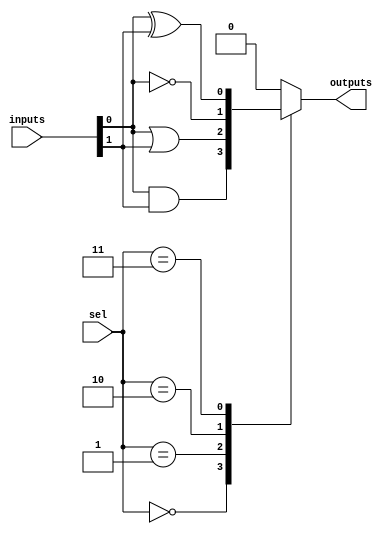
module CLB #(
    parameter NUM_INPUTS = 4, // Number of inputs (2 to 6)
    parameter NUM_OUTPUTS = 1  // Number of outputs
)(
    input wire [NUM_INPUTS-1:0] inputs, // Input signals
    input wire [NUM_INPUTS-1:0] sel,     // Select lines for multiplexer
    output wire [NUM_OUTPUTS-1:0] outputs // Output signals
);

    // Internal signals for logic functions
    wire and_out;
    wire or_out;
    wire not_out;
    wire xor_out;

    // Basic logic operations
    assign and_out = inputs[0] & inputs[1]; // AND operation
    assign or_out = inputs[0] | inputs[1];  // OR operation
    assign not_out = ~inputs[0];             // NOT operation
    assign xor_out = inputs[0] ^ inputs[1]; // XOR operation

    // Multiplexer to select output based on select lines
    always @(*) begin
        case (sel)
            2'b00: outputs = and_out; // Select AND output
            2'b01: outputs = or_out;  // Select OR output
            2'b10: outputs = not_out; // Select NOT output
            2'b11: outputs = xor_out; // Select XOR output
            default: outputs = 1'b0;   // Default case
        endcase
    end

endmodule